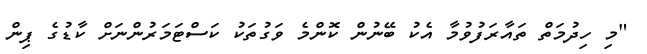
"މި ހިދުމަތް ތައާރަފުވުމާ އެކު ބޭނުން ކޮންމެ ވަގުތަކު ކަސްޓަމަރުންނަށް ކާޑުގެ ޕިން